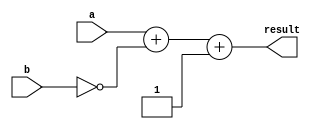
module ripple_carry_subtractor (
    input wire [3:0] a,
    input wire [3:0] b,
    output wire [3:0] result
);

wire [4:0] sum;
wire cout;

assign {cout, sum} = a + (~b) + 1;

assign result = sum[3:0];

endmodule